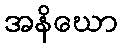
အနိဃော